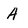
Character: A